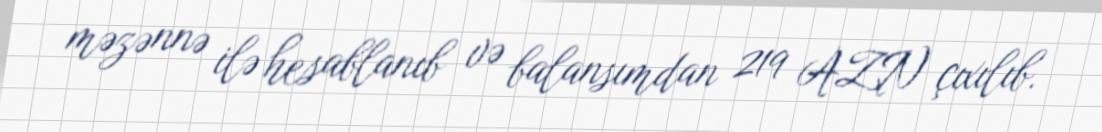
məzənnə ilə hesablanıb və balansımdan 219 AZN çıxılıb.